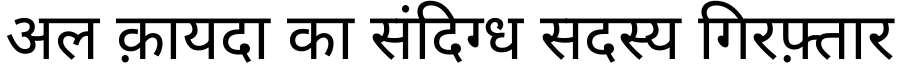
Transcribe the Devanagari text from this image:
अल क़ायदा का संदिग्ध सदस्य गिरफ़्तार